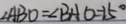
\angle A B O = \angle B A O = 2 5 ^ { \circ }